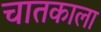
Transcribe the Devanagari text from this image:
चातकाला